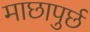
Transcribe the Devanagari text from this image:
माछापुर्छ